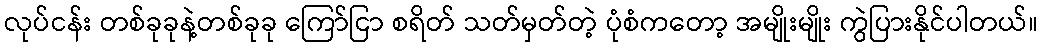
လုပ်ငန်း တစ်ခုခုနဲ့တစ်ခုခု ကြော်ငြာ စရိတ် သတ်မှတ်တဲ့ ပုံစံကတော့ အမျိုးမျိုး ကွဲပြားနိုင်ပါတယ်။